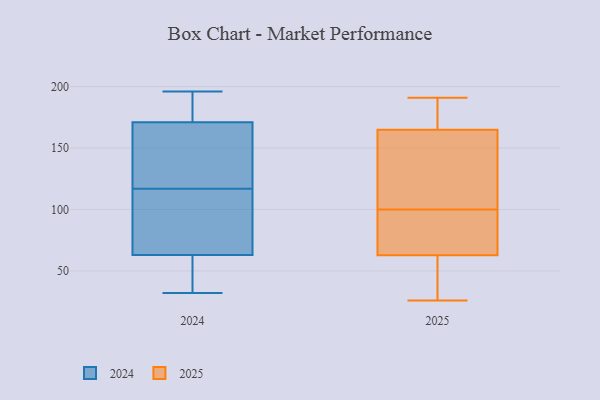
{"axis": {"x": "Headcount", "y": "Value"}, "legend": ["2024", "2025"], "data": [{"x": "", "y": 114, "type": "2024"}, {"x": "", "y": 120, "type": "2024"}, {"x": "", "y": 171, "type": "2024"}, {"x": "", "y": 42, "type": "2024"}, {"x": "", "y": 32, "type": "2024"}, {"x": "", "y": 153, "type": "2024"}, {"x": "", "y": 48, "type": "2024"}, {"x": "", "y": 183, "type": "2024"}, {"x": "", "y": 196, "type": "2024"}, {"x": "", "y": 63, "type": "2024"}, {"x": "", "y": 161, "type": "2024"}, {"x": "", "y": 65, "type": "2024"}, {"x": "", "y": 101, "type": "2024"}, {"x": "", "y": 183, "type": "2024"}, {"x": "", "y": 91, "type": "2025"}, {"x": "", "y": 68, "type": "2025"}, {"x": "", "y": 181, "type": "2025"}, {"x": "", "y": 141, "type": "2025"}, {"x": "", "y": 100, "type": "2025"}, {"x": "", "y": 103, "type": "2025"}, {"x": "", "y": 144, "type": "2025"}, {"x": "", "y": 187, "type": "2025"}, {"x": "", "y": 61, "type": "2025"}, {"x": "", "y": 28, "type": "2025"}, {"x": "", "y": 142, "type": "2025"}, {"x": "", "y": 91, "type": "2025"}, {"x": "", "y": 42, "type": "2025"}, {"x": "", "y": 39, "type": "2025"}, {"x": "", "y": 172, "type": "2025"}, {"x": "", "y": 26, "type": "2025"}, {"x": "", "y": 190, "type": "2025"}, {"x": "", "y": 69, "type": "2025"}, {"x": "", "y": 191, "type": "2025"}]}